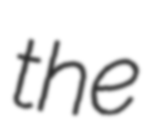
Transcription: the